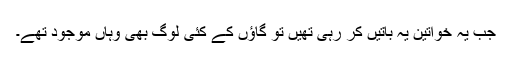
جب یہ خواتین یہ باتیں کر رہی تھیں تو گاؤں کے کئی لوگ بھی وہاں موجود تھے۔